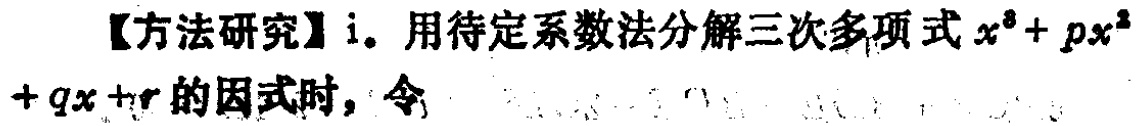
【方法研究】i. 用待定系数法分解三次多项式\(x^{3}+px^{2}+qx + r\)的因式时，令